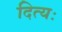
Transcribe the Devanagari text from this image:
दित्यः